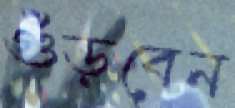
গুঁড়বেন